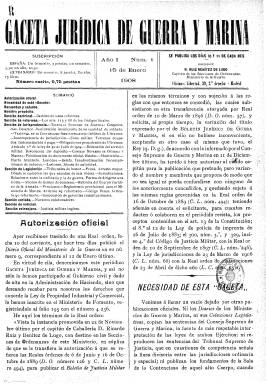
Título: Gaceta jurídica de guerra y marina
Colección: Fuerzas armadas
Ámbito geográfico: Madrid
Lugar de publicación: Madrid
Fechas: 15/01/1908-01/05/1936

Autorizada su publicación por real orden, aparece su primer número el día quince de enero de 1908, fundada y dirigida por el abogado y capitán de Caballería de la Sección de Ordenanzas del Ministerio de la Guerra Ricardo Ruiz de Benítez de Lugo (1872-1957), con el objeto de continuar la labor que había llevado a cabo el Boletín de justicia militar (1891-1900) y llenar su vacío y el de las demás publicaciones periódicas oficiales que no estaban dando publicidad a la jurisprudencia fundamentada dictada por el Consejo Supremo de Guerra y Marina o el Tribunal Supremo de Justicia, ni los dictámenes del Consejo de Estado o del Tribunal de Cuentas.

Nace con el espíritu de fomentar los estudios de derecho militar y de la Marina de Guerra y con el ánimo de promover reformas normativas en esta materia. La revista se estructurará en diferentes secciones: la Doctrinal; la de Reformas (de los artículos del Código de Justicia Militar y de la legislación penal de la Marina de Guerra, acompañados de sus respectivos razonamientos); la de Jurisprudencia (del Tribunal Supremo, Tribunal Contencioso-Administrativo y del Consejo Supremo de Guerra y Marina, retomándola desde el siete de septiembre de 1900, cuando dejó de hacerlo el citado Boletín de justicia militar); la de Legislación (retomándola desde el 30 de diciembre de 1900); la Variada (con artículos e información sobre las actividades, entre otras, de la Real Academia de Jurisprudencia y Legislación); la de Noticias (sobre ascensos, nombramientos y otros movimientos y actividades del personal militar), y la Extranjera, a las que se añadirán después las secciones Jurídica (especie de consultorio jurídico en todos los órdenes para militares y marinos y sus familiares) y la de Prensa y Bibliografía. También inserta reclamos publicitarios.

La revista está dirigida, especialmente, a los integrantes de los cuerpos jurídicos militares y de la Armada, así como a los abogados en general y a los integrantes de los cuerpos judiciales. En su propósito se indicará que la publicación no entrará “jamás en polémicas ni en censuras” y en cuanto a los artículos firmados dirá que serán sólo responsabilidad de sus autores. También será declarada de utilidad por real orden de catorce de noviembre de 1908.

En sus secciones Doctrinal y Variada escribirán, además de su director, otros destacados especialistas en la materia y miembros de los cuerpos jurídicos, como el también abogado Mariano Marfil García (1883-1939), que llegará a alcanzar el grado de comandante de Intendencia, ocupará los puestos de subsecretario de la Presidencia del Consejo de Ministros y del ministerio de la Gobernación, será también director general de Aduanas y diputado a Cortes, académico de la Academia de Jurisprudencia y asesor jurídico del Instituto de Reformas Sociales y, desde el 25 de enero de 1909, redactor-jefe de la Gaceta…, además de serlo también del diario La época (1849-1936); así como los consejeros togados Miguel Herrera la Peña, Nicolás de la Peña y Antonio Conejos; el auditor general del Ejército y cofundador del citado Boletín de justicia militar Francisco Javier Ugarte; el general de Brigada Federico de Madariaga; y Mariano Alonso Bayón, Juan Alvarado, Melquíades Álvarez, Gumersindo de Azcárate, Francisco Bergamín, José Canalejas, Juan de la Cierva, Eduardo Cobián, Eduardo Dato, Antonio García Alix, Rafael Gasset, José Ibáñez Martín, Gabriel Maura, Isidro de Torrecilla, Ramiro de Maeztu, Diego Blesa, Luis Bermúdez de Castro, Leandro de Saralegui. Francisco Martínez Contreras y Emilio de la Sierra, entre otros.

Su director, también abogado y profesor y secretario de la Real Academia de Jurisprudencia y Legislación, ya había fundado como periodista en Madrid el periódico Las Canarias (1900), y será también redactor y gerente del diario de la tarde Ejército y Armada (1905-1932), así como redactor-militar del diario Heraldo de Madrid (1890-1936). Ideológicamente comenzó siendo afín al liberalismo demócrata del partido de José Canalejas, para derivar posteriormente al conservadurismo y ocupar la subsecretaría de la Presidencia del Gobierno durante la dictadura del general Miguel Primo de Rivera, y habiendo desarrollado toda su carrera en puestos administrativos y alcanzar el grado de teniente coronel retirado, se sumó activamente en 1936 en la rebelión militar franquista.

Gaceta jurídica de guerra y marina se publicaba dos veces al mes, y aunque se indicara que lo hacía los días 10 y 25, la aparición de sus veinticuatro números anuales fue a veces irregular, en entregas generalmente de una veintena de páginas, aunque también varió el número de estas, compuestas a una y dos columnas y foliación continuada anual. Posteriormente adopta el subtítulo de “revista mensual de derecho común, militar y marítimo”, reduciendo también su paginación pero aumentando su composición a tres columnas. También llega a editar en alguna ocasión números dobles. En el último número de cada año publica índices, por lo general de voces de sus secciones de legislación y jurisprudencia. A partir del dos de abril de 1932 incluirá el suplemento Marte, que se considera como continuación del ya citado periódico militar Ejército y armada.

La colección de la Biblioteca Nacional de España carece de los años 1930-1931 y 1933-1934. El último número es el 385, correspondiente a mayo de 1936 y al XXIX año de su publicación.